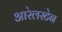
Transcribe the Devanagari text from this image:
आरेलस्टेन